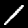
Digit: 1